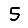
Digit: 5